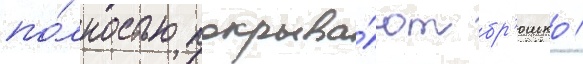
по́лностью покрыва́ют бр'юшко /